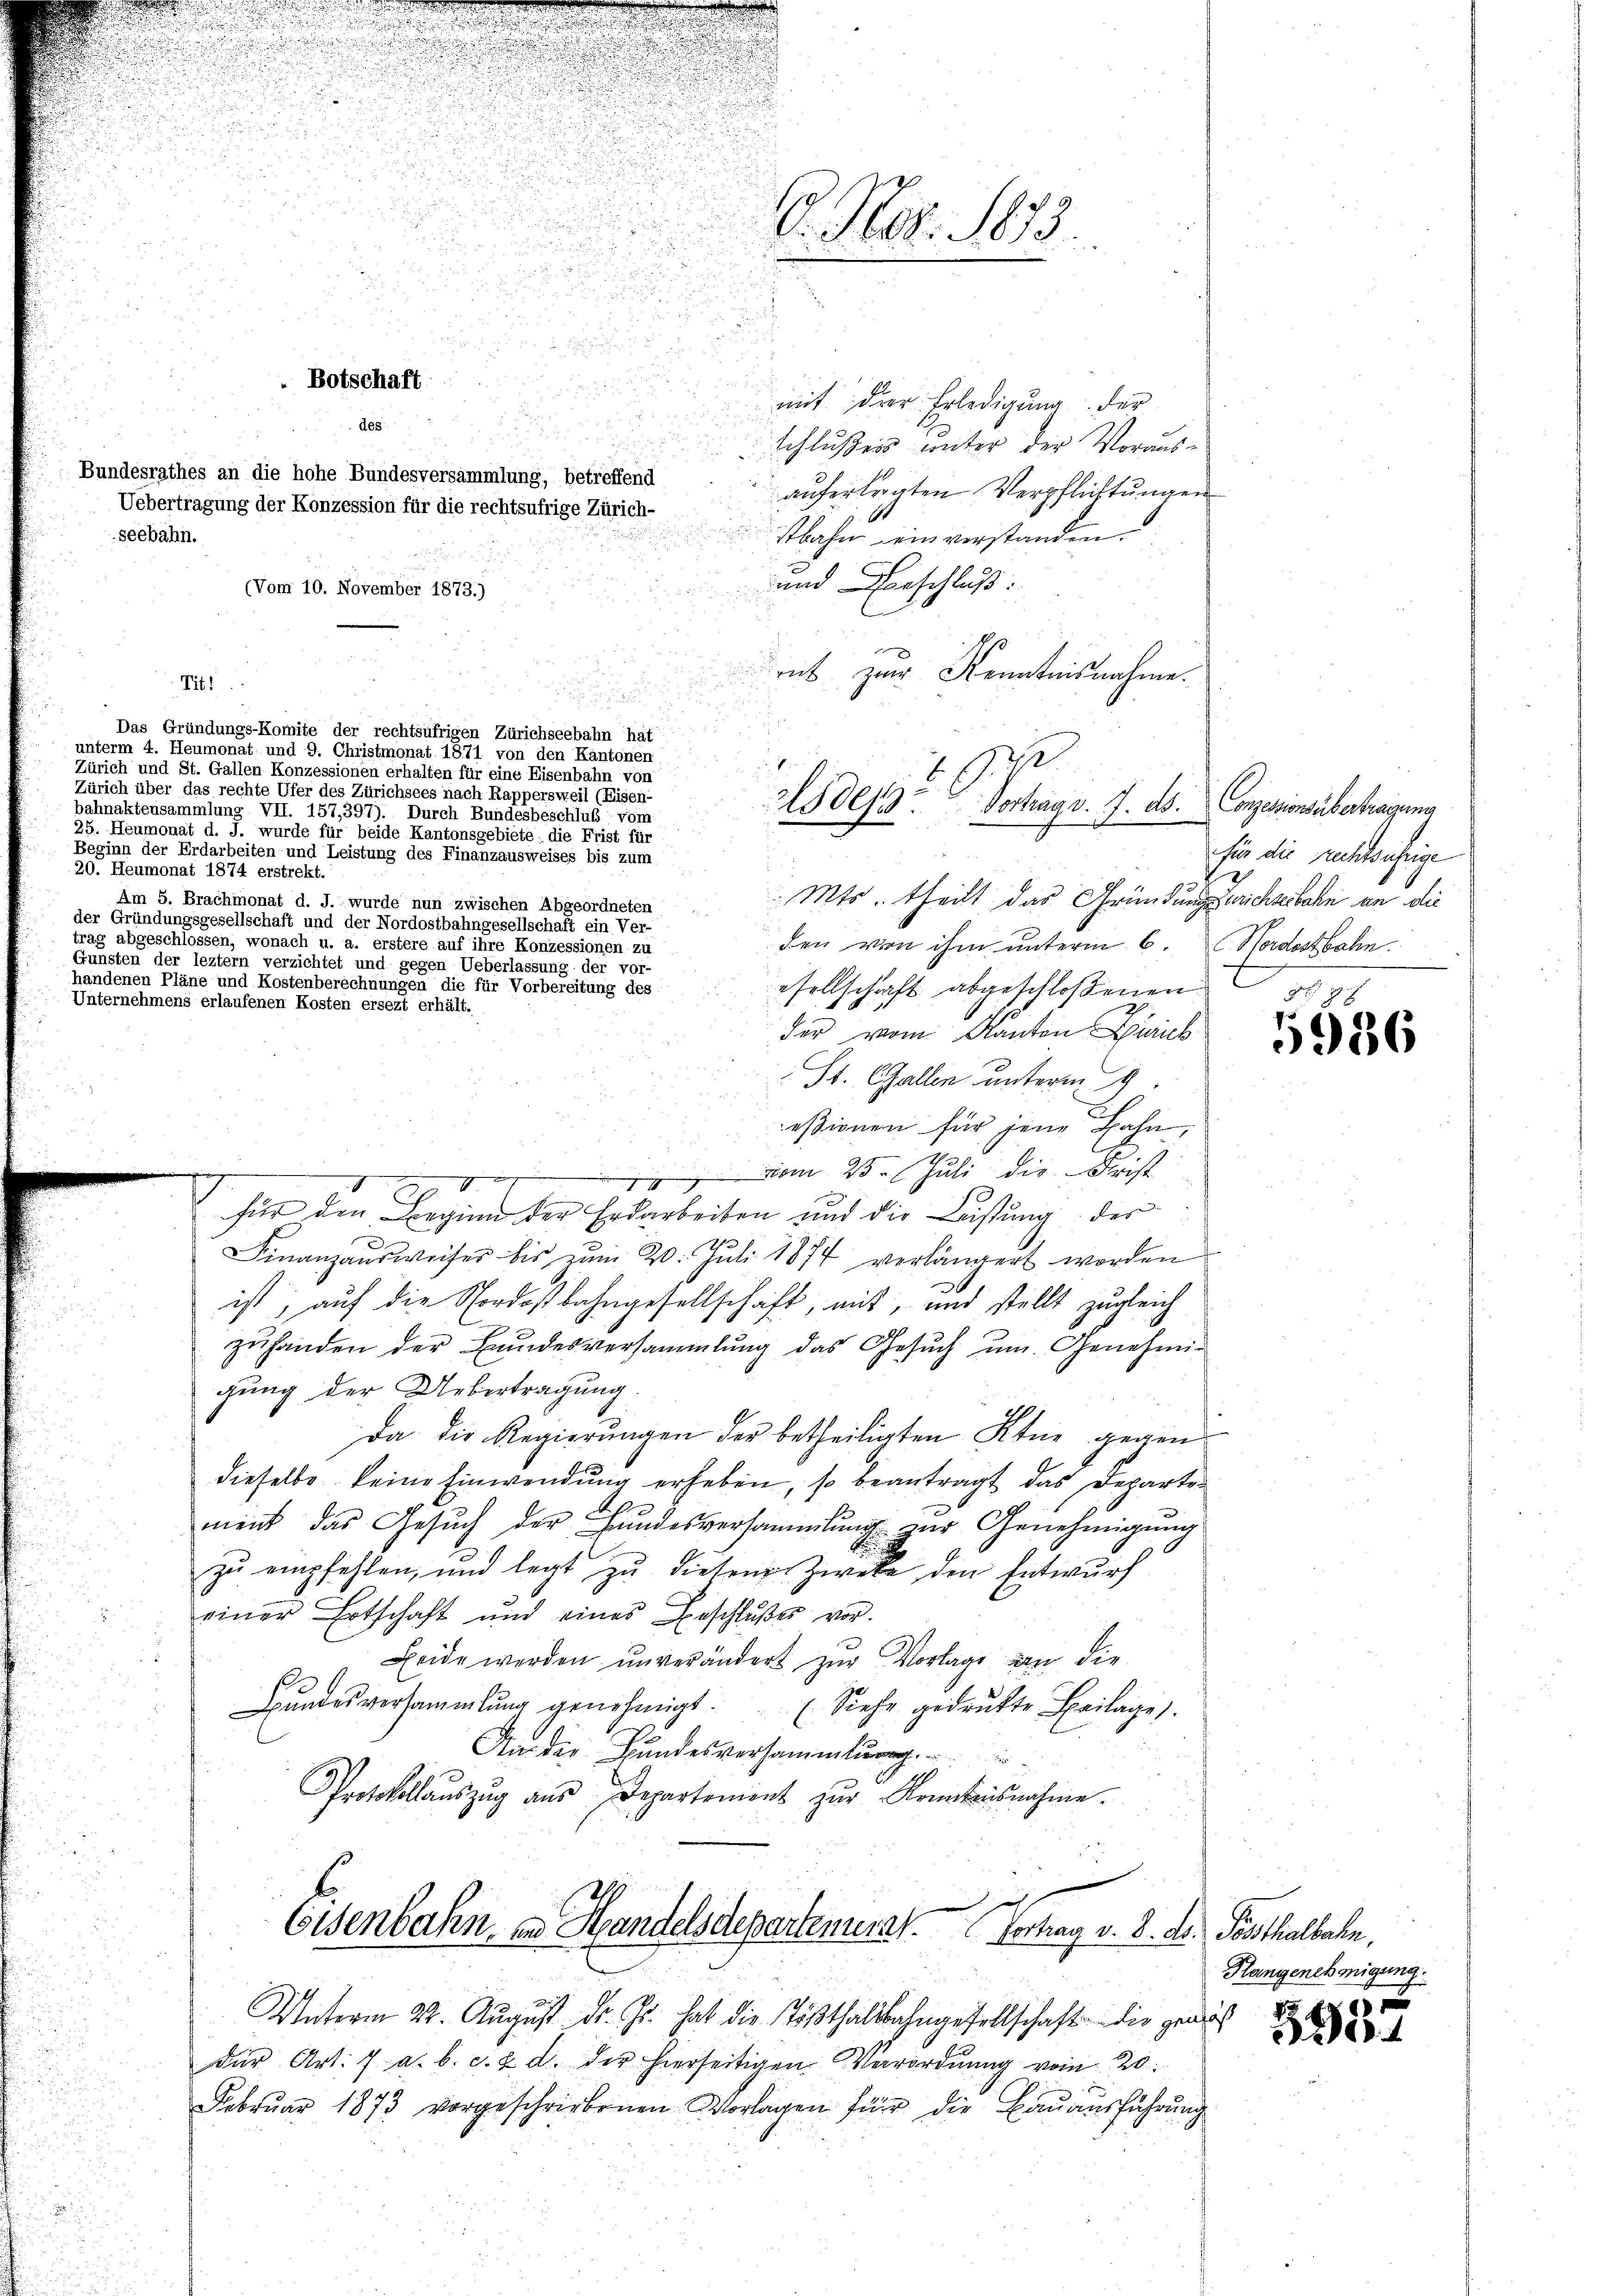
.
P. Nr. 1873

Botschaft
des
Bundesrathes an die hohe Bundesversammlung, betreffend
Uebertragung der Konzession für die rechtsufrige Zürich-
seebahn.
(Vom 10. November 1873.)

Titl.

mit der Erledigung der
schlußes unter der Vorausauferlegten Verpflichtungen
stbahn ein verstanden.
und Beschluß:
rnt zur Kenntnisnahme.

n
Das Gründungs-Komite der rechtsüfrigen Zürichseebahn hat
unterm 4. Heumonat und 9. Christmonat 1871 von den Kantonen
Zürich und St. Gallen Konzessionen erhalten für eine Eisenbahn von
Zürich über das rechte Ufer des Zürichsees nach Rappersweil (Eisen-
bahnaktensammlung VII. 157,397). Durch Bundesbeschluß vom
25. Heumonat d. J. wurde für beide Kantonsgebiete die Frist für
Beginn der Erdarbeiten und Leistung des Finanzausweises bis zum
20. Heumonat 1874 erstrekt.
Mts. theilt das Gründungsrichsbahn an die
Am 5. Brachmonat d. J. wurde nun zwischen Abgeordneten
der Gründungsgesellschaft und der Nordostbahngesellschaft ein Ver-
trag abgeschlossen, wonach u. a. erstere auf ihre Konzessionen zu
den von ihm unterm 6. Nordostbahn.
Gunsten der leztem verzichtet und gegen Ueberlassung der vor-
handenen Pläne und Kostenberechnungen die für Vorbereitung des
esellschaft abgeschloßenen
Unternehmens erlaufenen Kosten ersezt erhält.
der vom Kanton Zürich
St. Gallen unterm 9.
eßionen für jene Bahn,
vom 25. Juli die Frist
m
.
2
I
2
für den Beginn der Erdarbeiten und die Lüstung der
Finanzausweiser bis zum 20. Juli 1874 verlängert worden
ist; auf die Nordostbahngesellschaft, mit, und stellt zugleich
zuhanden der Bundesversammlung das Gesuch um Genehmig
gung der Uebertragung
Da die Regierungen der betheiligten Ktur gegen
dieselbe keine Einwendung erheben, so beantragt das Departeh
ment das Gesuch der Handesversammlung zur Genehmigung

zŭ empfehlen, und legt zŭ diesem Zweke den Entwŭrf
einer Ertschaft und eines Beschlußes vor.
Beide werden unverändert zur Vorlage an die
Bŭndesversammlung genehmigt. (Siehe gedrukte Beilage).
An der Bundesversammlung.
Protokollaŭszŭg aŭs Departement zŭr Konkaŭsnahme.
a
Eisenbann, im Handelsdepartement. Vortrag v. 8. ds. Posthalbahn,
Unterm 22. August dr. Js. hat die Tößthaltbahngesellschaft die gerich
der Art. 7 a. b. c. 2 d. der hierseitigen Verordnung vom 20.
Februar 1873 vorgeschriebenen Vorlagen für die Bauausführung

.
Ades. Vortrag v. 7. ds. Conzessionsübertragung

für die Rechtsährige
5

1986

Hangenehmigung.

5552